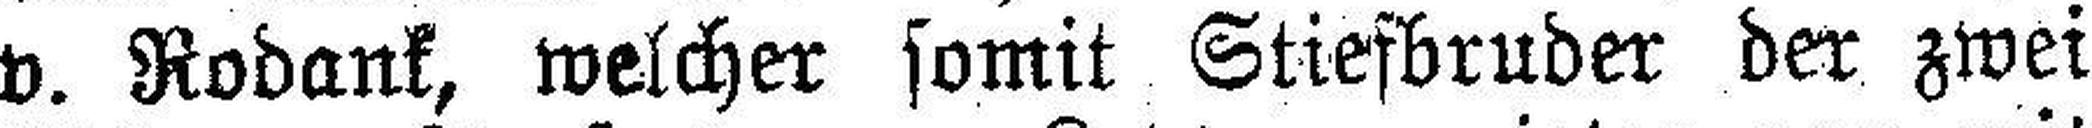
v. Rodank, welcher somit Stiefbruder der zwei